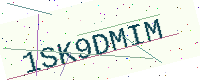
Text: 1SK9DMIM